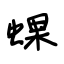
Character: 蜾